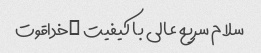
سلام سریع عالی با کیفیت …خداقوت